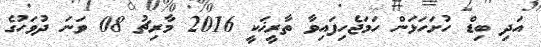
އަދި ބިޑް ހުށަހަޅަން ހަމަޖެހިފައިވާ ތާރީޚަކީ 2016 މާރިޗު 08 ވަނަ ދުވަހުގެ